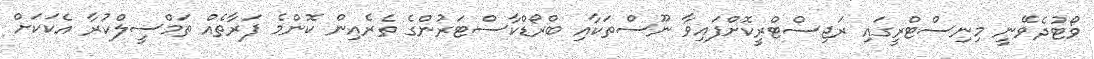
ވޯޓުދެވޭނީ މިނިސްޓްރީގައި ރަޖިސްޓްރީކޮށްފައިވާ ނޫސްތަކާއި ބްރޯޑްކާސްޓަރުންގެ ތެރެއިން ކޮންމެ ފަރާތެއް ތަމްސީލްކުރާ އެކަކަށް